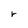
Character: r